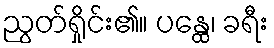
ညွတ်ရှိုင်း၏။ ပန္ထေ၊ ခရီး